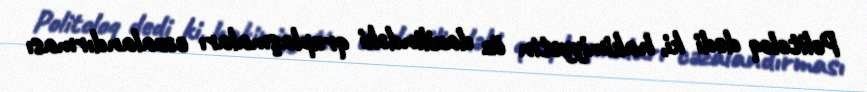
Politoloq dedi ki, hakimiyyətin öz daxilindəki qruplaşmaları cəzalandırması